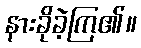
နားခိုခဲ့ကြ၏။